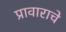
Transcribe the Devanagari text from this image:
प्रावाराचे